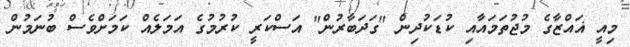
މިއީ ޣައްޒާގެ މުޖުތަމައާއި ކުޑަކުދިން "ގަދަބާރުން" އަސްކަރީ ކުރުމުގެ އަމަލެއް ކަމަށްވެސް ބުނަމުން